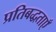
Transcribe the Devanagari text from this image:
प्रतिबद्धताएँ